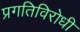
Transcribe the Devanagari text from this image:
प्रगतिविरोधी